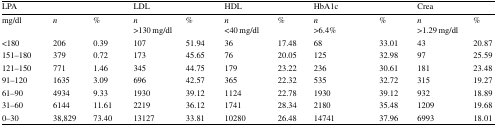
| <COLSPAN=3> LPA | <COLSPAN=2> LDL | <COLSPAN=2> HDL | <COLSPAN=2> HbA1c | <COLSPAN=2> Crea |
 | --- | --- | --- | --- | --- | --- | --- | --- | --- | --- | --- |
 | mg/dl | n | % | n>130 mg/dl | % | n<40 mg/dl | % | n>6.4% | % | n>1.29 mg/dl | % |
 | <180 | 206 | 0.39 | 107 | 51.94 | 36 | 17.48 | 68 | 33.01 | 43 | 20.87 |
 | 151–180 | 379 | 0.72 | 173 | 45.65 | 76 | 20.05 | 125 | 32.98 | 97 | 25.59 |
 | 121–150 | 771 | 1.46 | 345 | 44.75 | 179 | 23.22 | 236 | 30.61 | 181 | 23.48 |
 | 91–120 | 1635 | 3.09 | 696 | 42.57 | 365 | 22.32 | 535 | 32.72 | 315 | 19.27 |
 | 61–90 | 4934 | 9.33 | 1930 | 39.12 | 1124 | 22.78 | 1930 | 39.12 | 932 | 18.89 |
 | 31–60 | 6144 | 11.61 | 2219 | 36.12 | 1741 | 28.34 | 2180 | 35.48 | 1209 | 19.68 |
 | 0–30 | 38,829 | 73.40 | 13127 | 33.81 | 10280 | 26.48 | 14741 | 37.96 | 6993 | 18.01 |